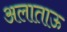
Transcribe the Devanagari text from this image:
अलाताऊ